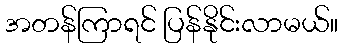
အတန်ကြာရင် ပြန်နိုင်းလာမယ်။